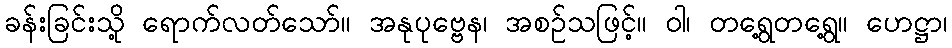
ခန်းခြင်းသို့ ရောက်လတ်သော်။ အနုပုဗ္ဗေန၊ အစဉ်သဖြင့်။ ဝါ၊ တရွေ့တရွေ့။ ဟေဋ္ဌာ၊